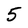
Character: 5